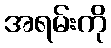
အရမ်းကို